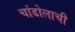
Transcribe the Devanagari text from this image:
चांडोलाची